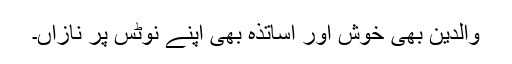
والدین بھی خوش اور اساتذہ بھی اپنے نوٹس پر نازاں۔